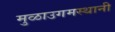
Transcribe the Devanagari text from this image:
मुळाउगमस्थानी